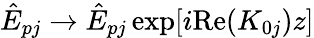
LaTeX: \hat{E}_{pj}\rightarrow\hat{E}_{pj}\exp[i\mathrm{Re}(K_{0j})z]